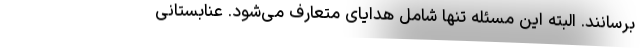
برسانند. البته این مسئله تنها شامل هدایای متعارف می‌شود. عنابستانی